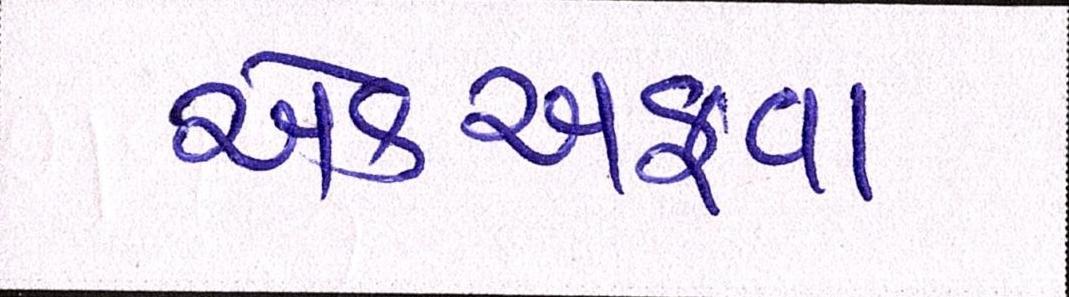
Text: એકઅફવા